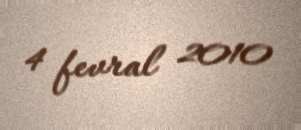
4 fevral 2010